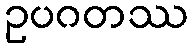
ဥပဂတဿ